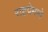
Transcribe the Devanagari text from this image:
राष्टप्रेमाने